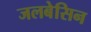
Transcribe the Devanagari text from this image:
जलबेसिन